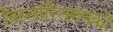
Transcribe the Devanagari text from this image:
विस्तारितरुपको